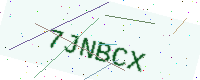
Text: 7JNBCX